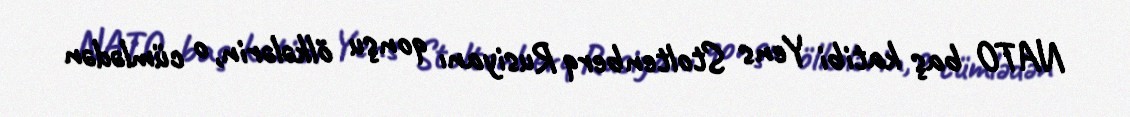
NATO baş katibi Yens Stoltenberq Rusiyanı qonşu ölkələrin, o cümlədən